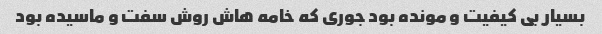
بسیار بى کیفیت و مونده بود جورى که خامه هاش روش سفت و ماسیده بود